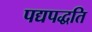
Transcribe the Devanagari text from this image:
पद्यपद्धति